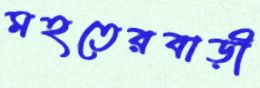
মহতেরবাড়ী